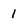
Character: 1